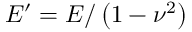
E ^ { \prime } = E / \left( 1 - \nu ^ { 2 } \right)